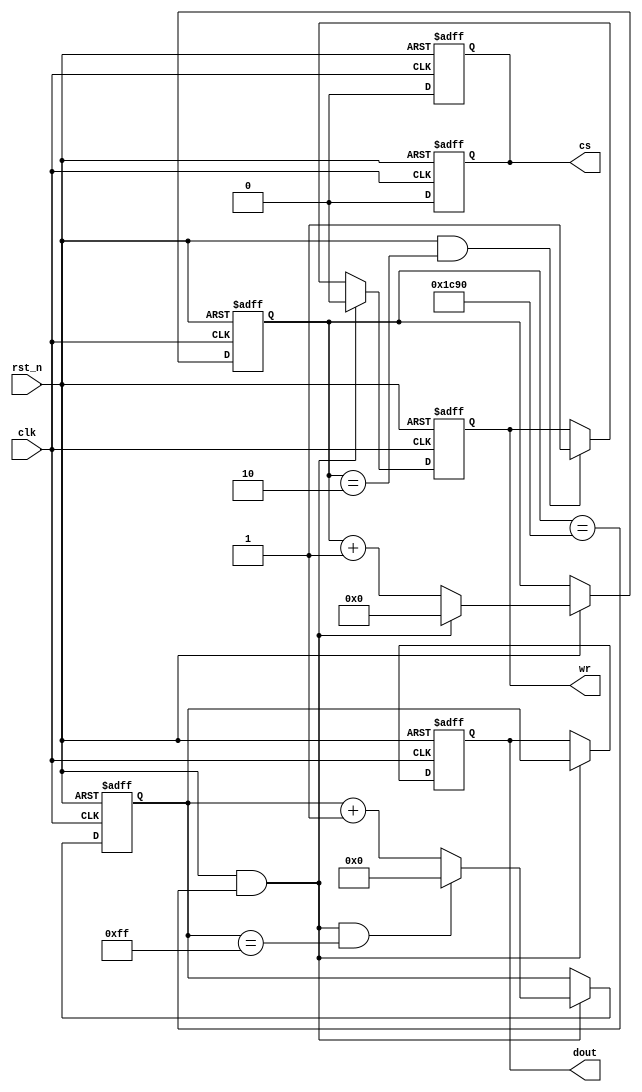
module da_sj(
        input       clk,
        input       rst_n,
        output reg          cs,
        output reg          wr,
        output reg [7:0]    dout
);


parameter   MAX_CNT = 7313; //T = 40ns

reg [12:0]          cnt0;
wire                add_cnt0;
wire                end_cnt0;
reg [7:0]           cnt1;
wire                add_cnt1;
wire                end_cnt1;

always  @(posedge clk or negedge rst_n)begin
    if(rst_n==1'b0)begin
        cs <= 1;
    end
    else begin
        cs <= 0;
    end
end

always @(posedge clk or negedge rst_n)begin
    if(!rst_n)begin
        cnt0 <= 0;
    end
    else if(add_cnt0)begin
        if(end_cnt0)
            cnt0 <= 0;
        else
            cnt0 <= cnt0 + 1;
    end
end

assign add_cnt0 = (rst_n == 1);
assign end_cnt0 = add_cnt0 && cnt0== (MAX_CNT - 1);

always @(posedge clk or negedge rst_n)begin 
    if(!rst_n)begin
        cnt1 <= 0;
    end
    else if(add_cnt1)begin
        if(end_cnt1)
            cnt1 <= 0;
        else
            cnt1 <= cnt1 + 1;
    end
end

assign add_cnt1 = end_cnt0;
assign end_cnt1 = add_cnt1 && cnt1== (256 - 1);

always  @(posedge clk or negedge rst_n)begin
    if(rst_n==1'b0)begin
        cs <= 1;
    end
    else begin
        cs <= 0;
    end
end

always  @(posedge clk or negedge rst_n)begin
    if(rst_n==1'b0)begin
        wr <= 1;
    end
    else if(end_cnt0)begin
        wr <= 0;
    end
    else if(add_cnt0 && cnt0 == (3 - 1))begin
        wr <= 1;
    end
end

always  @(posedge clk or negedge rst_n)begin
    if(rst_n==1'b0)begin
        dout <= 0;
    end
    else if(end_cnt0)begin
        dout <= cnt1;
    end
end



endmodule